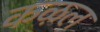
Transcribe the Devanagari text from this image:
कऴल